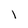
Character: i